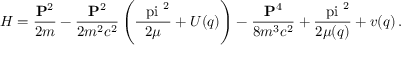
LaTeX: H = \frac { { \bf P } ^ { 2 } } { 2 m } - \frac { { \bf P } ^ { 2 } } { 2 m ^ { 2 } c ^ { 2 } } \left( \frac { { \mathrm { \boldmath ~ \ p i ~ } } ^ { 2 } } { 2 \mu } + U ( q ) \right) - \frac { { \bf P } ^ { 4 } } { 8 m ^ { 3 } c ^ { 2 } } + \frac { { \mathrm { \boldmath ~ \ p i ~ } } ^ { 2 } } { 2 \mu ( q ) } + v ( q ) \, .